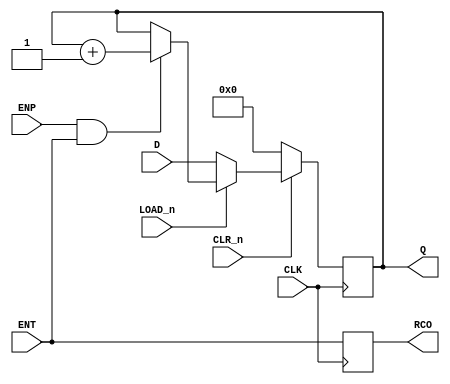
module LS161a(
    input [3:0] D,        // Parallel Input
    input CLK,            // Clock
    input CLR_n,          // Active Low Asynchronous Reset
    input LOAD_n,         // Enable Parallel Input
    input ENP,            // Count Enable Parallel
    input ENT,            // Count Enable Trickle
    output reg [3:0]Q,        // Parallel Output 	
    output reg RCO            // Ripple Carry Output (Terminal Count)
); 

always @ (posedge CLK)
begin
	if (CLR_n == 0)
		Q <= 4'b0000;
	else if (LOAD_n == 0)
		Q <= D;
	else if ((ENP == 1) && (ENT == 1))
		Q <= Q + 1;
		RCO <= ENT;
	
end
endmodule